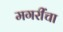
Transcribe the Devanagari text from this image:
मगरींचा